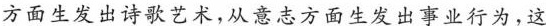
方面生发出诗歌艺术，从意志方面生发出事业行为，这